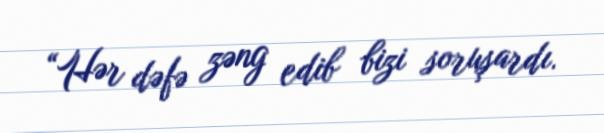
“Hər dəfə zəng edib bizi soruşardı.